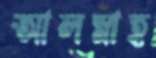
আলস্নাহ